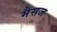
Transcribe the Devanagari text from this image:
मैसज